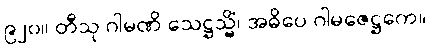
၉၂၀။ တီသု ဂါမဏိ သေဋ္ဌသ္မိံ၊ အဓိပေ ဂါမဇေဋ္ဌကေ။